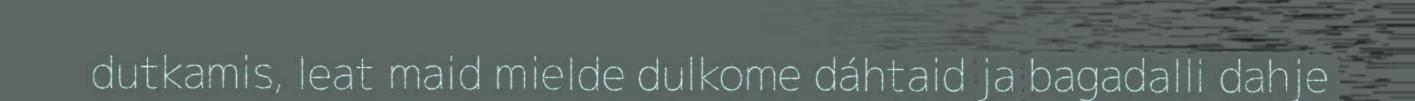
dutkamis, leat maid mielde dulkome dáhtaid ja bagadalli dahje